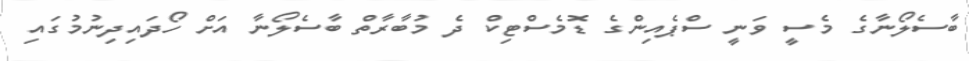
ބާސެލޯނާގެ މެސީ ވަނީ ސްޕެއިންގެ ޑޮމެސްޓިކް ދެ މުބާރާތް ބާސެލޯނާ އަށް ހޯދައިދިނުމުގައި